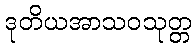
ဒုတိယအာသဝသုတ္တ